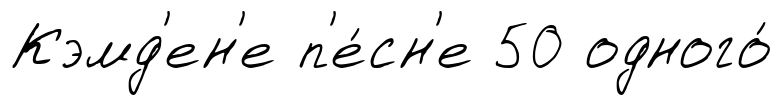
Кэмд'ен'е п'е́сн'е 50 одного́